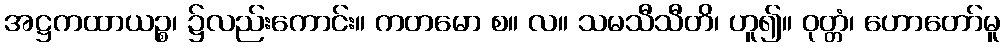
အဋ္ဌကထာယဉ္စ၊ ၌လည်းကောင်း။ ကတမော စ။ လ။ သမသီသီတိ၊ ဟူ၍။ ဝုတ္တံ၊ ဟောတော်မူ